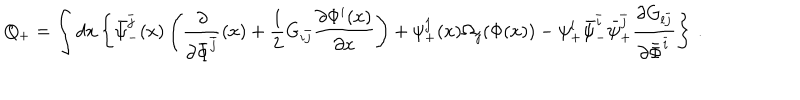
Q _ { + } = \int d x \left\{ \bar { \psi } _ { - } ^ { \bar { j } } ( x ) \left( \frac { \partial } { \partial \bar { \Phi } ^ { \bar { j } } } ( x ) + \frac { 1 } { 2 } G _ { i \bar { j } } \frac { \partial \Phi ^ { i } ( x ) } { \partial x } \right) + \psi _ { + } ^ { j } ( x ) \Omega _ { j } ( \Phi ( x ) ) - \psi _ { + } ^ { l } \bar { \psi } _ { - } ^ { \bar { i } } \bar { \psi } _ { + } ^ { \bar { j } } \frac { \partial G _ { l \bar { j } } } { \partial \bar { \Phi } ^ { \bar { i } } } \right\} \, .